Civil Veterinary Dept. North-West Frontier Province 1933-46 - 1933-1946
Year: 1933
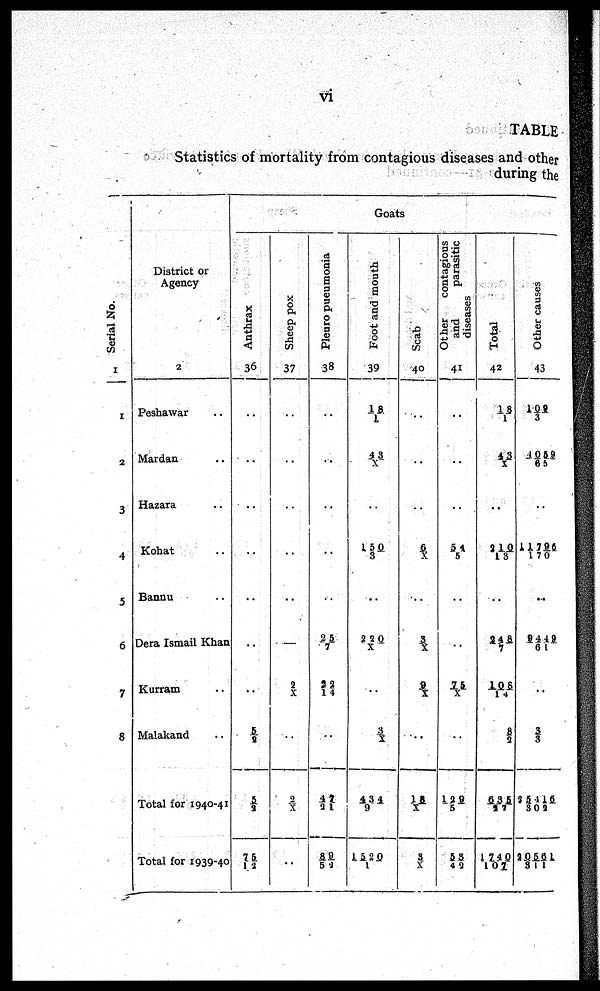
vi
TABLE
Statistics of mortality from contagious diseases and other
during the
Serial No.
1
1
2
3
4
5
6
7
8
District or
Agency
2
Peshawar ..
Mardan ..
Hazara ..
Kohat ..
Bannu ..
Dera Ismail Khan
Kurram ..
Malakand ..
Total for 1940-41
Total for 1939-40
Goats
Anthrax
36
..
..
..
..
..
..
..
5/8
5/2
75/12
Sheep pox
37
..
..
..
..
..
—
2/X
..
2/X
..
Pleuro
pueumonia
38
..
..
..
..
..
25/7
32/ 14
..
47/21
89/52
Foot and mouth
39
18/1
43/X
..
150/3
..
220/X
..
3/X
434/9
1520/1
Scab
40
..
..
..
6/X
..
3/X
9/X
..
18/X
3/X
Other
contagious
and
parasitic
diseases
41
..
..
..
54/5
..
..
75/X
..
129/5
53/42
Total
42
18/1
43/X
..
210/13
..
248/7
108/14
8/2
635/27
1740/107
Other causes
43
109/3
4059/65
..
11796/17
..
9449/61
..
3/3
25416/302
20561/311